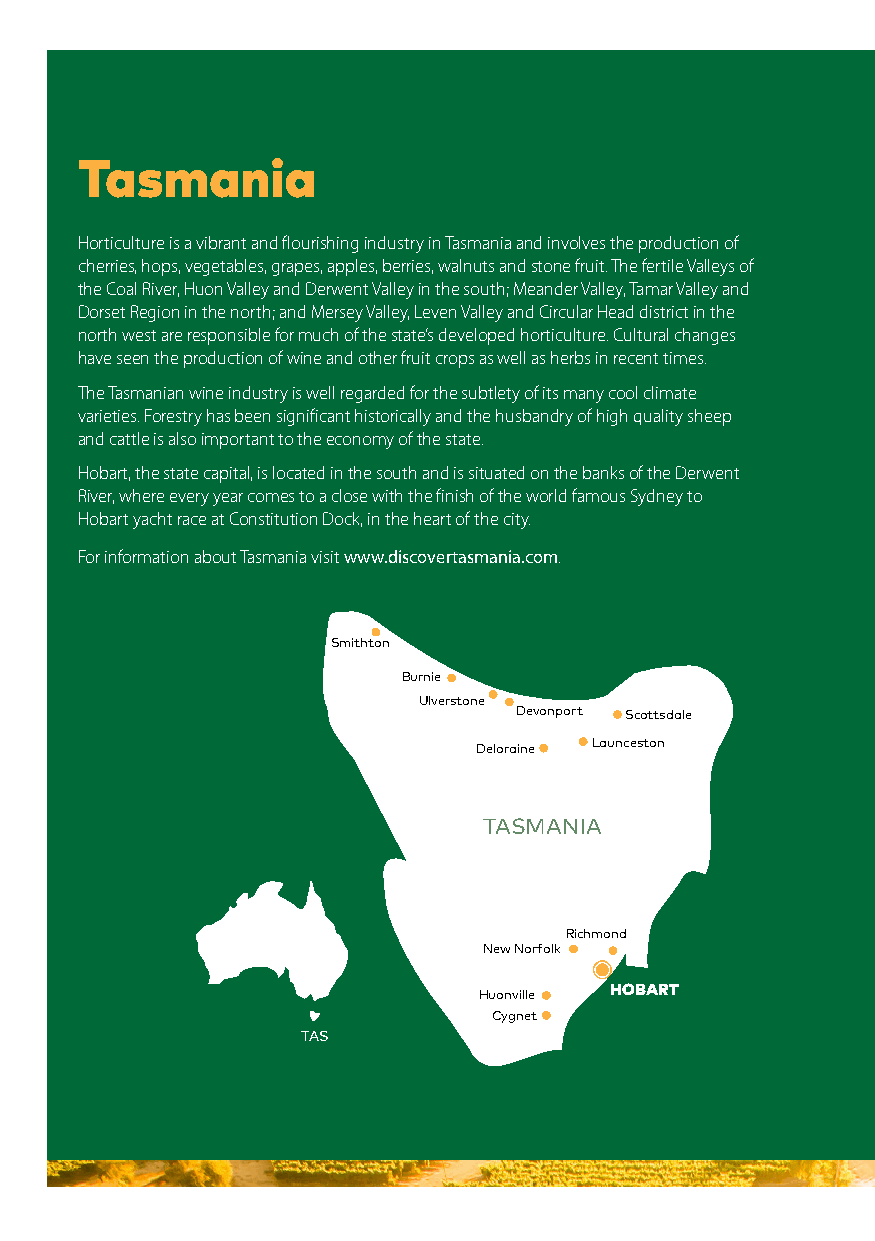
Tasmania
 Horticulture is a vibrant and flourishing industry in Tasmania and involves the production of
 cherries, hops, vegetables, grapes, apples, berries, walnuts and stone fruit. The fertile Valleys of
 the Coal River, Huon Valley and Derwent Valley in the south; Meander Valley, Tamar Valley and
 Dorset Region in the north; and Mersey Valley, Leven Valley and Circular Head district in the
 north west are responsible for much of the state’s developed horticulture. Cultural changes
 have seen the production of wine and other fruit crops as well as herbs in recent times.
 The Tasmanian wine industry is well regarded for the subtlety of its many cool climate
 varieties. Forestry has been significant historically and the husbandry of high quality sheep
 and cattle is also important to the economy of the state.
 Hobart, the state capital, is located in the south and is situated on the banks of the Derwent
 River, where every year comes to a close with the finish of the world famous Sydney to
 Hobart yacht race at Constitution Dock, in the heart of the city.
 For information about Tasmania visit www.discovertasmania.com.
 Smithton
 Burnie
 Ulverstone
 Devonport Scottsdale
 Deloraine Launceston
 TASMANIA
 Richmond
 New Norfolk
 Huonville HOBART
 Cygnet
 TAS
 98 | National Harvest Guide